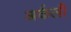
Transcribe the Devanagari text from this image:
अर्कली